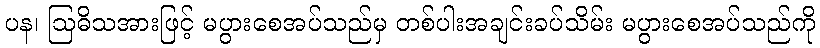
ပန၊ ဩဓိသအားဖြင့် မပွားစေအပ်သည်မှ တစ်ပါးအချင်းခပ်သိမ်း မပွားစေအပ်သည်ကို